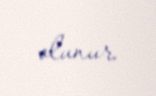
olunur.